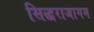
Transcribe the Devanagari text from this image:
सिद्धराजागम